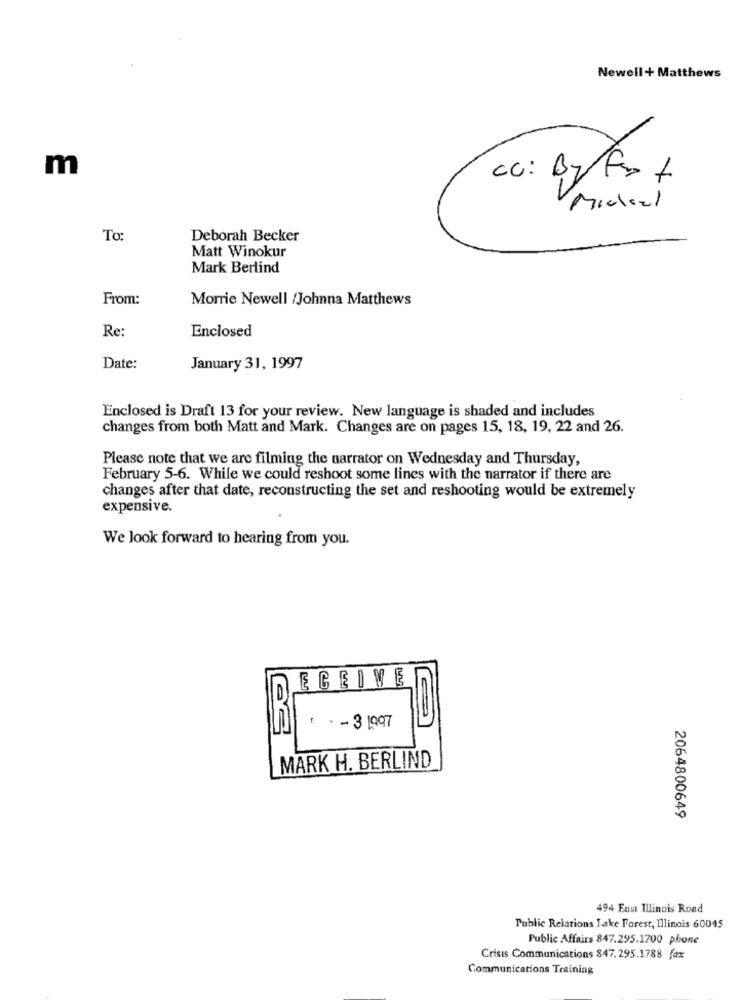
Newell+ Matthews
m
CC: Byfot
Michael
To:
Deborah Becker
Matt Winokur
Mark Berlind
From:
Morrie Newell /Johnna Matthews
Re:
Enclosed
Date:
January 31, 1997
Enclosed is Draft 13 for your review. New language is shaded and includes
changes from both Matt and Mark. Changes are on pages 15, 18, 19, 22 and 26.
Please note that we are filming the narrator on Wednesday and Thursday,
February 5-6. While we could reshoot some lines with the narrator if there are
changes after that date, reconstructing the set and reshooting would be extremely
expensive.
We look forward to hearing from you.
ECEIVE
t. - 3 1997
MARK H. BERLIND
2064800649
494 East Illinois Rond
Public Relations Lake Forest, Illinois 60045
Public Affairs 847.295.1700 phone
Crisis Communications 847.295.1788 fax
Communications Training